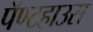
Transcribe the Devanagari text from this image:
पॅण्टहाउस